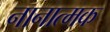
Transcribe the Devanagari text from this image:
नानात्मक